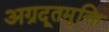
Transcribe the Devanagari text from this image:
अग्रदूतमुक्ति